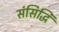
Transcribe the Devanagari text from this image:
संसिद्धिं